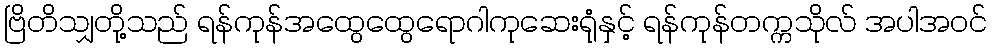
ဗြိတိသျှတို့သည် ရန်ကုန်အထွေထွေရောဂါကုဆေးရုံနှင့် ရန်ကုန်တက္ကသိုလ် အပါအဝင်